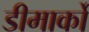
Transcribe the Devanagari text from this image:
डीमार्को